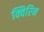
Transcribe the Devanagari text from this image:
क्विरिन